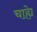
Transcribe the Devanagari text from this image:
चाह्ये